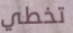
تخطي